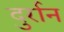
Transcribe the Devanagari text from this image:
दुर्रान